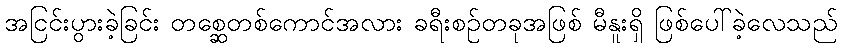
အငြင်းပွားခဲ့ခြင်း တစ္ဆေတစ်ကောင်အလား ခရီးစဉ်တခုအဖြစ် မီနူးရှိ ဖြစ်ပေါ်ခဲ့လေသည်